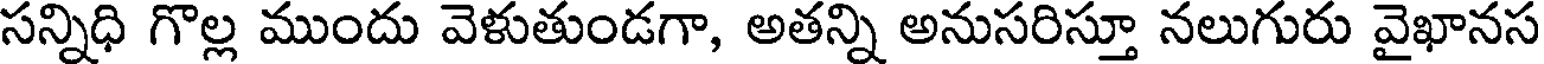
సన్నిధి గొల్ల ముందు వెళుతుండగా, అతన్ని అనుసరిస్తూ నలుగురు వైఖానస